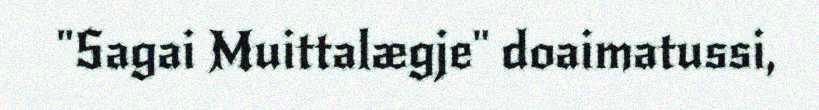
"Sagai Muittalægje" doaimatussi,